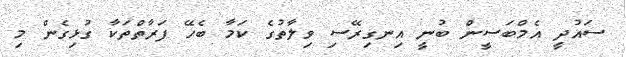
ސައުދީ އެމްބަސީން ބުނީ އިނގިރޭސި ވިލާތުގެ ކަމާ ބެހޭ ފަރާތްތަކާ ގުޅިގެން މި